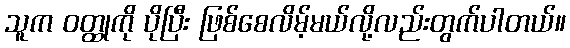
သူက ဝတ္ထုကို ပိုပြီး ဖြစ်စေလိမ့်မယ်လို့လည်းတွက်ပါတယ်။